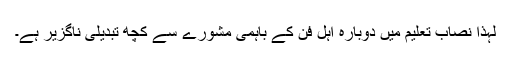
لہٰذا نصاب تعلیم میں دوبارہ اہل فن کے باہمی مشورے سے کچھ تبدیلی ناگزیر ہے۔